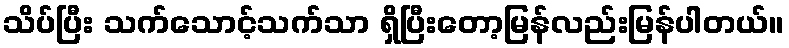
သိပ်ပြီး သက်သောင့်သက်သာ ရှိပြီးတော့မြန်လည်းမြန်ပါတယ်။